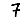
Digit: 7